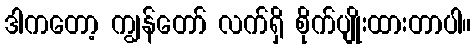
ဒါကတော့ ကျွန်တော် လက်ရှိ စိုက်ပျိုးထားတာပါ။